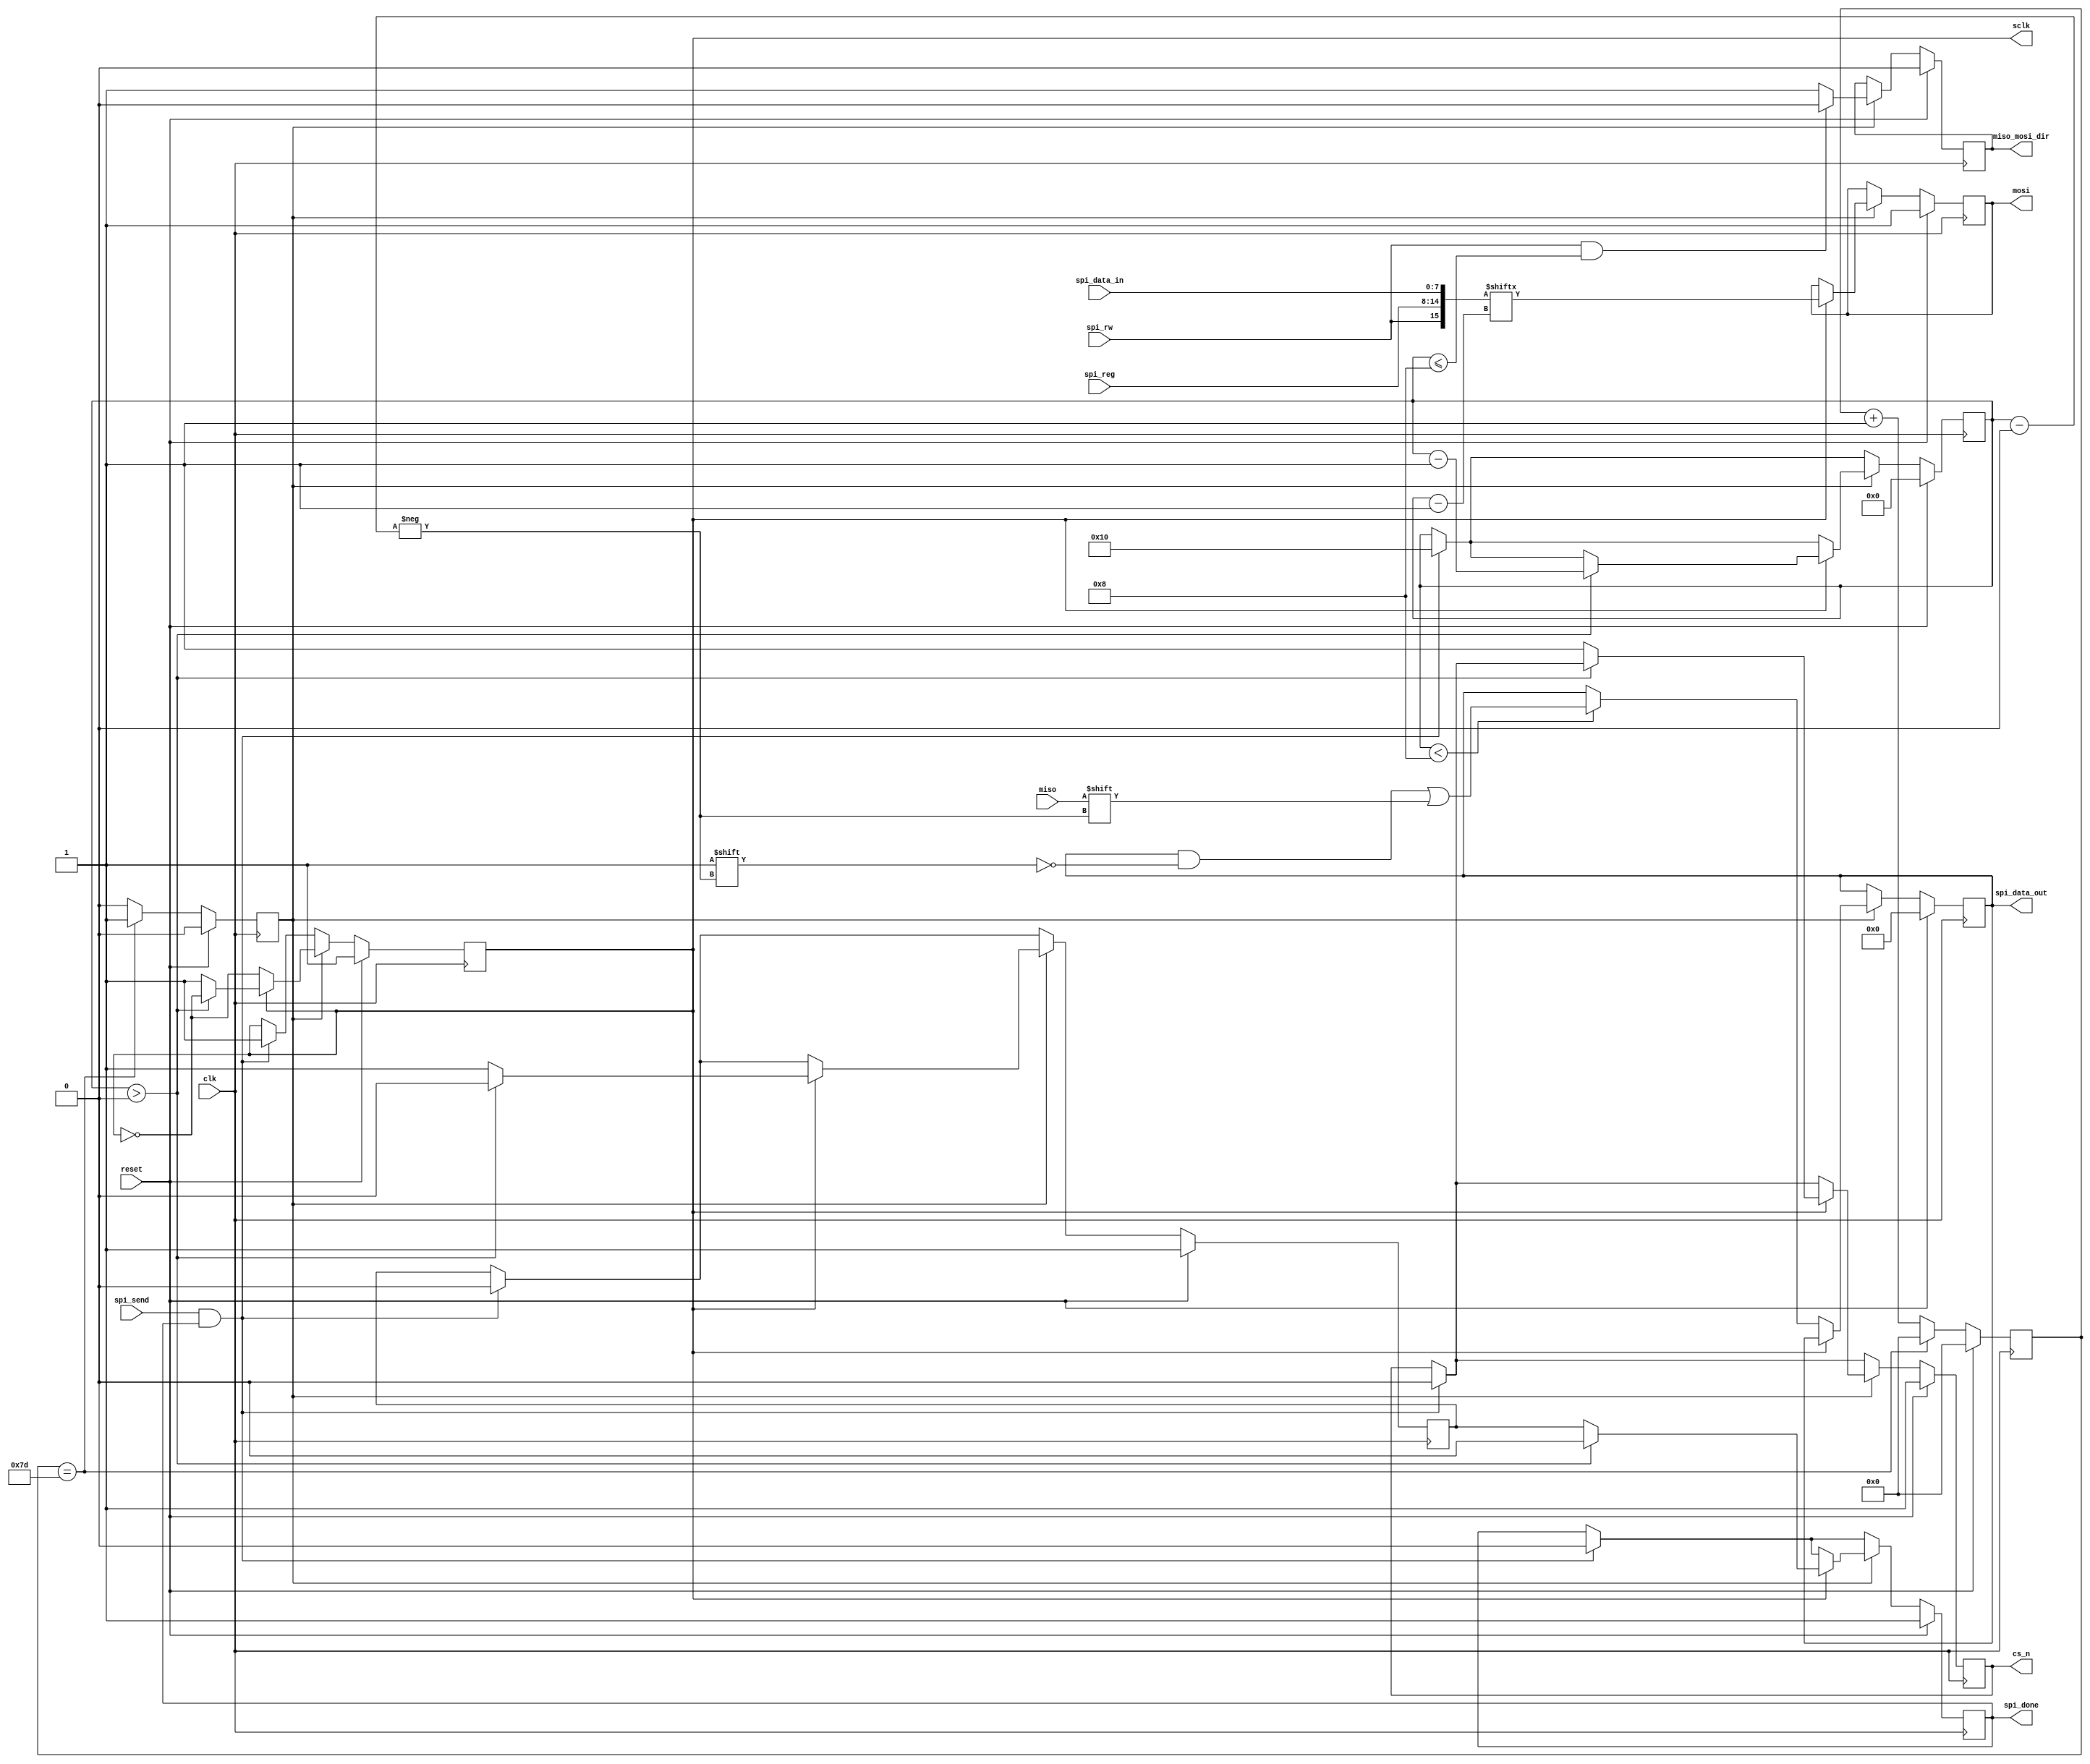
//------------------------------------------------------------------------
// spi_control.v
//
// Basic, configurable SPI interface for FrontPanel devices.
// 
//------------------------------------------------------------------------
// Copyright (c) 2018 Opal Kelly Incorporated
// 
// Permission is hereby granted, free of charge, to any person obtaining a copy
// of this software and associated documentation files (the "Software"), to deal
// in the Software without restriction, including without limitation the rights
// to use, copy, modify, merge, publish, distribute, sublicense, and/or sell
// copies of the Software, and to permit persons to whom the Software is
// furnished to do so, subject to the following conditions:
// 
// The above copyright notice and this permission notice shall be included in all
// copies or substantial portions of the Software.
// 
// THE SOFTWARE IS PROVIDED "AS IS", WITHOUT WARRANTY OF ANY KIND, EXPRESS OR
// IMPLIED, INCLUDING BUT NOT LIMITED TO THE WARRANTIES OF MERCHANTABILITY,
// FITNESS FOR A PARTICULAR PURPOSE AND NONINFRINGEMENT. IN NO EVENT SHALL THE
// AUTHORS OR COPYRIGHT HOLDERS BE LIABLE FOR ANY CLAIM, DAMAGES OR OTHER
// LIABILITY, WHETHER IN AN ACTION OF CONTRACT, TORT OR OTHERWISE, ARISING FROM,
// OUT OF OR IN CONNECTION WITH THE SOFTWARE OR THE USE OR OTHER DEALINGS IN THE
// SOFTWARE.
//------------------------------------------------------------------------

`default_nettype none

module spi_control (
	input  wire        clk,
	input  wire        reset,

	// SPI interface
	output reg         sclk,
	input  wire        miso,
	output reg         mosi,
	output reg         miso_mosi_dir, // can be used for bidirectional sdio
	output reg         cs_n,

	// Control signals for this module
	input  wire [6:0]  spi_reg,
	input  wire [7:0]  spi_data_in,
	output reg  [7:0]  spi_data_out,
	input  wire        spi_send,
	output reg         spi_done,
	input  wire        spi_rw // 1 = read, 0 = write
	);
	
parameter DIVIDE_COUNT = 32'd125;

reg  [31:0] divide_counter;
reg         clk_en, spi_done_r;

wire [7:0]  instruction_word;
wire [15:0] full_transfer_word;

// current position in the SPI data stream
reg  [5:0] spi_pos;

// Construct the instruction word from its components
// Always just transfer a single byte (second portion = 00)
assign instruction_word = {spi_rw, spi_reg};

assign full_transfer_word = {instruction_word, spi_data_in};

// Divide down the ~125MHz input clock to ~1MHz to work with the SPI interface
always @(posedge clk) begin
	if (reset == 1'b1) begin
		divide_counter <= 32'h00;
		clk_en <= 1'b0;
	end else begin
		divide_counter <= divide_counter + 1'b1;
		clk_en <= 1'b0;

		if (divide_counter == DIVIDE_COUNT) begin
			divide_counter <= 32'h00;
			clk_en <= 1'b1;
		end
	end
end

// Handle the SPI transfer
always @(posedge clk) begin
	if (reset == 1'b1) begin
		sclk <= 1'b1;
		cs_n <= 1'b1;

		spi_data_out <= 8'h00;
		spi_done     <= 1'b1;
		spi_done_r   <= 1'b1;

		miso_mosi_dir <= 1'b0;
		mosi          <= 1'b1;
		spi_pos       <= 6'h0;
	end else begin
		// start an SPI transfer
		if (spi_send == 1'b1 && spi_done == 1'b1) begin
			spi_pos <= 5'h10;
			sclk <= 1'b1;
			cs_n <= 1'b0;
			spi_done <= 1'b0;
			spi_done_r <= 1'b0;
		end

		if (clk_en == 1'b1) begin
			if (spi_rw == 1'b1 && spi_pos <= 8) begin
				miso_mosi_dir <= 1'b0;
			end else begin
				miso_mosi_dir <= 1'b1;
			end
			

			sclk <= ~sclk;

			if (sclk == 1'b1) begin
				if (spi_pos > 6'h0) begin
					spi_pos  <= spi_pos - 1'b1;
					spi_done <= 1'b0;
					spi_done_r <= 1'b0;
				end else begin
					cs_n <= 1'b1;
					spi_done_r <= 1'b1;
					spi_done <= spi_done_r;
					sclk <= 1'b1;
				end
				
				mosi <= full_transfer_word[spi_pos - 1];
			end
			
			if (sclk == 1'b0) begin
				if (spi_pos < 8) begin
					spi_data_out[spi_pos] <= miso;
				end
			end
		end
	end
end

endmodule
`default_nettype wire